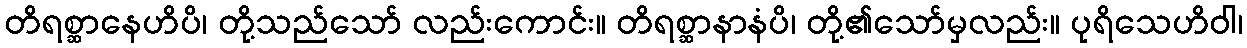
တိရစ္ဆာနေဟိပိ၊ တို့သည်သော် လည်းကောင်း။ တိရစ္ဆာနာနံပိ၊ တို့၏သော်မှလည်း။ ပုရိသေဟိဝါ၊